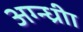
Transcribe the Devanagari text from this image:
अग्न्ध्रीा